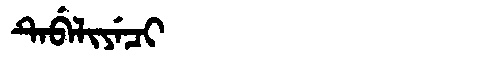
Manchu: ᡨᡝᠪᡝᠯᡳᠶᡝᠴᡳ
Romanization: TEBELIYECI